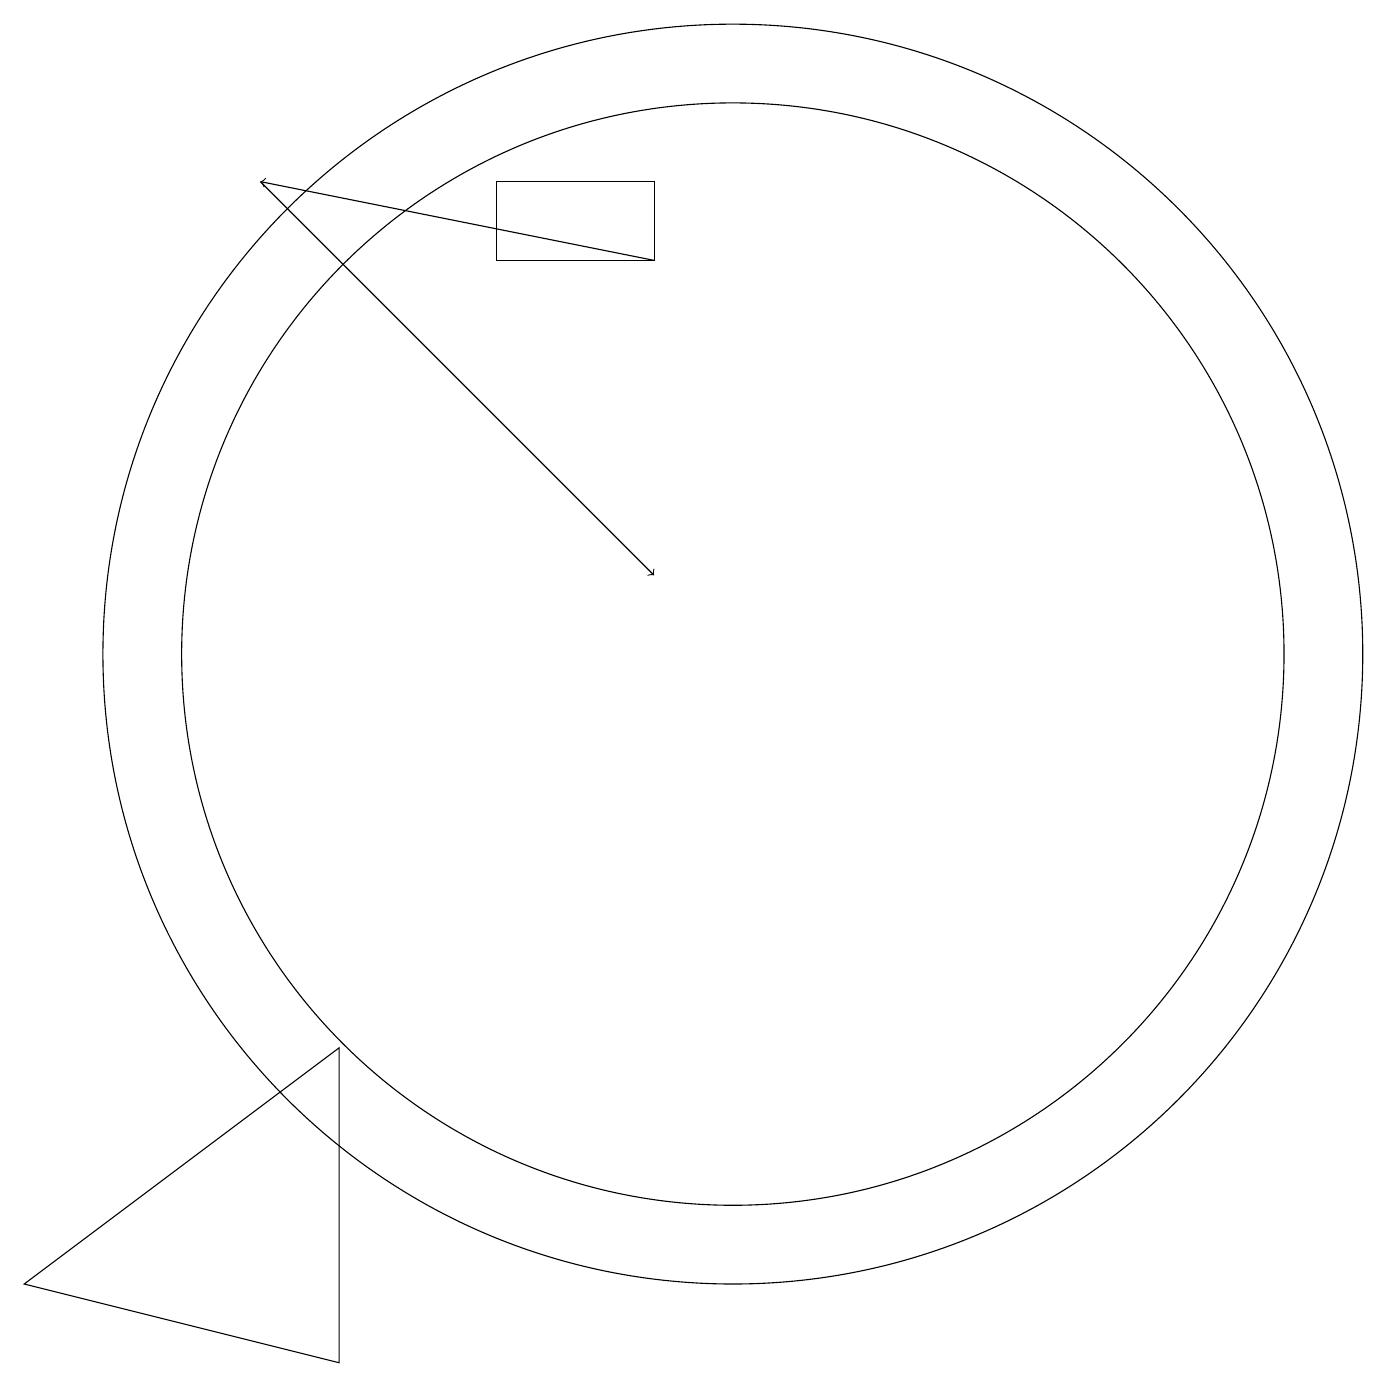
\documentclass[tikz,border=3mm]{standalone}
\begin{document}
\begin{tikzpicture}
\draw[->] (9,15) -- (4,16);
\draw (10,10) circle (7);
\draw (7,16) rectangle (9,15);
\draw[->] (4,16) -- (9,11);
\draw (5,1) -- (1,2) -- (5,5) -- cycle;
\draw (10,10) circle (8);
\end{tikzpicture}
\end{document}